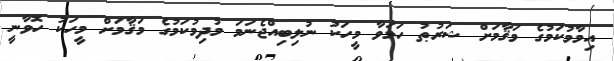
އިމާމުކަމުގެ މަޤާމަށް ޝަރުޠު ހަމަވާ މީހަކު ނުލިބިއްޖެނަމަ މުދިމުކަމުގެ މަޤާމަށް މީހަކު ހޮވާނީ